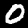
Digit: 0